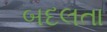
બદલતા